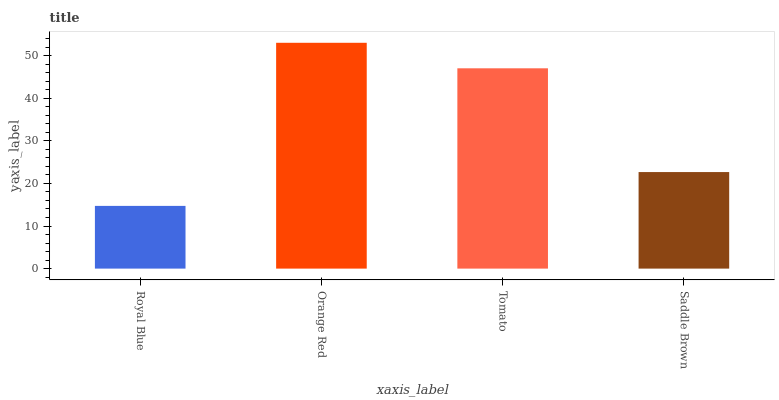
| xaxis_label | bars |
 | --- | --- |
 | Royal Blue | 14.7 |
 | Orange Red | 53 |
 | Tomato | 47 |
 | Saddle Brown | 22.7 |